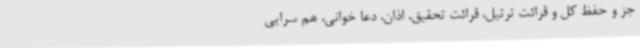
جز و حفظ کل و قرائت ترتیل، قرائت تحقیق، اذان، دعا خوانی، هم سرایی